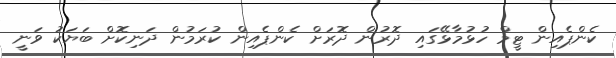
ކެންޕެއިން ޓީމް ހުޅުމާޅޭގައި ދޮރުން ދޮރަށް ކެންޕެއިން ކުރަމުން ދަނިކޮށް ބަޔަކު ވަނީ